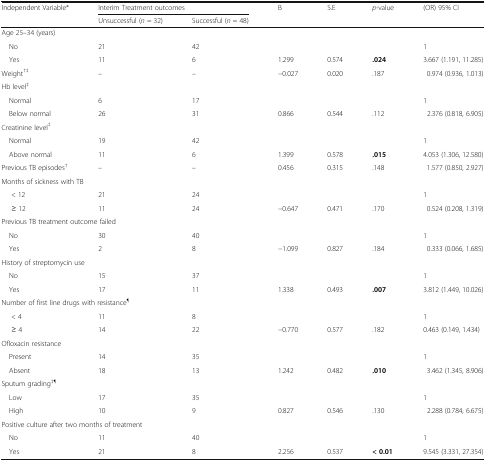
<table><thead><tr><td rowspan="2"><b>Independent Variable*</b></td><td colspan="2"><b>Interim Treatment outcomes</b></td><td rowspan="2"><b>B</b></td><td rowspan="2"><b>S.E</b></td><td rowspan="2"><b><i>p</i>-value</b></td><td rowspan="2"><b>(OR) 95% CI</b></td></tr><tr><td><b>Unsuccessful (<i>n</i> = 32)</b></td><td><b>Successful (<i>n</i> = 48)</b></td></tr></thead><tbody><tr><td colspan="7">Age 25–34 (years)</td></tr><tr><td> No</td><td>21</td><td>42</td><td></td><td></td><td></td><td>1</td></tr><tr><td> Yes</td><td>11</td><td>6</td><td>1.299</td><td>0.574</td><td><b>.024</b></td><td>3.667 (1.191, 11.285)</td></tr><tr><td>Weight<sup>†‡</sup></td><td>–</td><td>–</td><td>−0.027</td><td>0.020</td><td>.187</td><td>0.974 (0.936, 1.013)</td></tr><tr><td colspan="7">Hb level<sup>‡</sup></td></tr><tr><td> Normal</td><td>6</td><td>17</td><td></td><td></td><td></td><td>1</td></tr><tr><td> Below normal</td><td>26</td><td>31</td><td>0.866</td><td>0.544</td><td>.112</td><td>2.376 (0.818, 6.905)</td></tr><tr><td colspan="7">Creatinine level<sup>‡</sup></td></tr><tr><td> Normal</td><td>19</td><td>42</td><td></td><td></td><td></td><td>1</td></tr><tr><td> Above normal</td><td>11</td><td>6</td><td>1.399</td><td>0.578</td><td><b>.015</b></td><td>4.053 (1.306, 12.580)</td></tr><tr><td>Previous TB episodes<sup>†</sup></td><td>–</td><td>–</td><td>0.456</td><td>0.315</td><td>.148</td><td>1.577 (0.850, 2.927)</td></tr><tr><td colspan="7">Months of sickness with TB</td></tr><tr><td>&lt; 12</td><td>21</td><td>24</td><td></td><td></td><td></td><td>1</td></tr><tr><td>≥ 12</td><td>11</td><td>24</td><td>−0.647</td><td>0.471</td><td>.170</td><td>0.524 (0.208, 1.319)</td></tr><tr><td colspan="7">Previous TB treatment outcome failed</td></tr><tr><td> No</td><td>30</td><td>40</td><td></td><td></td><td></td><td>1</td></tr><tr><td> Yes</td><td>2</td><td>8</td><td>−1.099</td><td>0.827</td><td>.184</td><td>0.333 (0.066, 1.685)</td></tr><tr><td colspan="7">History of streptomycin use</td></tr><tr><td> No</td><td>15</td><td>37</td><td></td><td></td><td></td><td>1</td></tr><tr><td> Yes</td><td>17</td><td>11</td><td>1.338</td><td>0.493</td><td><b>.007</b></td><td>3.812 (1.449, 10.026)</td></tr><tr><td colspan="7">Number of first line drugs with resistance<sup>¶</sup></td></tr><tr><td>&lt; 4</td><td>11</td><td>8</td><td></td><td></td><td></td><td>1</td></tr><tr><td>≥ 4</td><td>14</td><td>22</td><td>−0.770</td><td>0.577</td><td>.182</td><td>0.463 (0.149, 1.434)</td></tr><tr><td colspan="7">Ofloxacin resistance</td></tr><tr><td> Present</td><td>14</td><td>35</td><td></td><td></td><td></td><td>1</td></tr><tr><td> Absent</td><td>18</td><td>13</td><td>1.242</td><td>0.482</td><td><b>.010</b></td><td>3.462 (1.345, 8.906)</td></tr><tr><td colspan="7">Sputum grading<sup>‡¶</sup></td></tr><tr><td> Low</td><td>17</td><td>35</td><td></td><td></td><td></td><td>1</td></tr><tr><td> High</td><td>10</td><td>9</td><td>0.827</td><td>0.546</td><td>.130</td><td>2.288 (0.784, 6.675)</td></tr><tr><td colspan="7">Positive culture after two months of treatment</td></tr><tr><td> No</td><td>11</td><td>40</td><td></td><td></td><td></td><td>1</td></tr><tr><td> Yes</td><td>21</td><td>8</td><td>2.256</td><td>0.537</td><td><b>&lt; 0.01</b></td><td>9.545 (3.331, 27.354)</td></tr></tbody></table>